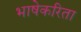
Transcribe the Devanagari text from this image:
भाषेकरिता